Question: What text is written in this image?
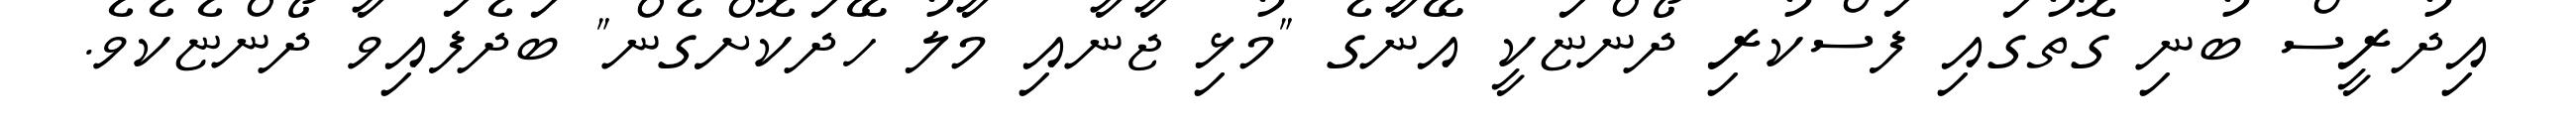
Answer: އިދުރީސް ބުނި ގޮތުގައި ފަސްކުރި ދޯންޏަކީ އޭނާގެ "މުޅި ޖާނާއި މާލު ހޭދަކޮށްގެން" ބަދެފައިވާ ދޯންޏެކެވެ.